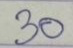
30